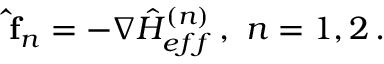
{ \bf { \hat { f } } } _ { n } = - \nabla { \hat { H } } _ { e f f } ^ { ( n ) } \, , \, \, n = 1 , 2 \, .